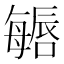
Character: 𱕏